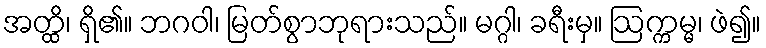
အတ္ထိ၊ ရှိ၏။ ဘဂဝါ၊ မြတ်စွာဘုရားသည်။ မဂ္ဂါ၊ ခရီးမှ။ ဩက္ကမ္မ၊ ဖဲ၍။